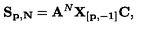
{ \bf S _ { p , N } } = { \bf A } ^ { N } { \bf X _ { [ p , - 1 ] } C } ,